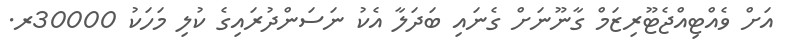
އަށް ވެއްޓިއްޖެޓޫރިޒަމް ގާނޫނަށް ގެނައި ބަދަލާ އެކު ނަސަންދުރައިގެ ކުލި މަހަކު 30000ރ.